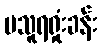
ပသူရရှုံးခန်း